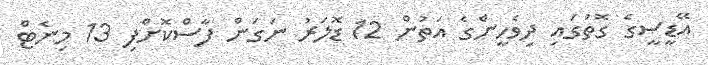
އޭޑީސީގެ ގޮތުގައި ދިވެހީންގެ އަތުން 12 ޑޮލަރު ނަގަން ފާސްކޮށްފި 13 މިނެޓް